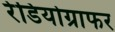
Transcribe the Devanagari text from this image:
रेडियोग्राफर